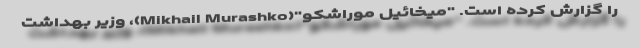
را گزارش کرده است. "میخائیل موراشکو"(Mikhail Murashko)، وزیر بهداشت